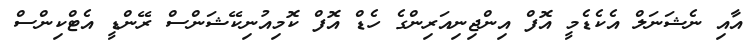
އާއި ނެޝަނަލް އެކެޑެމީ އޮފް އިންޖިނިއަރިންގެ ހެޑް އޮފް ކޮމިއުނިކޭޝަންސް ރޭންޑީ އެޓްކިންސް